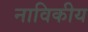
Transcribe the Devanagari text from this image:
नाविकीय